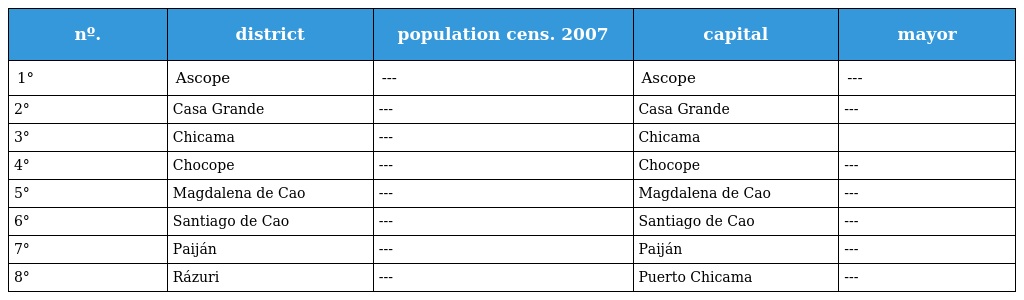
| nº. | district | population cens. 2007 | capital | mayor |
 | --- | --- | --- | --- | --- |
 | 1° | Ascope | --- | Ascope | --- |
 | 2° | Casa Grande | --- | Casa Grande | --- |
 | 3° | Chicama | --- | Chicama |  |
 | 4° | Chocope | --- | Chocope | --- |
 | 5° | Magdalena de Cao | --- | Magdalena de Cao | --- |
 | 6° | Santiago de Cao | --- | Santiago de Cao | --- |
 | 7° | Paiján | --- | Paiján | --- |
 | 8° | Rázuri | --- | Puerto Chicama | --- |